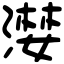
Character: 漤